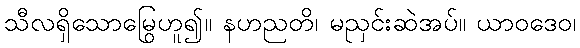
သီလရှိသောမြွေဟူ၍။ နဟညတိ၊ မညှင်းဆဲအပ်။ ယာဝဒေဝ၊